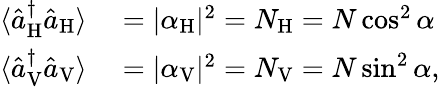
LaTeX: \begin{array}{rl}{\langle\hat{a}_{\mathrm{H}}^{\dagger}\hat{a}_{\mathrm{H}}\rangle}&{{}=|\alpha_{\mathrm{H}}|^{2}=N_{\mathrm{H}}=N\cos^{2}\alpha}\\ {\langle\hat{a}_{\mathrm{V}}^{\dagger}\hat{a}_{\mathrm{V}}\rangle}&{{}=|\alpha_{\mathrm{V}}|^{2}=N_{\mathrm{V}}=N\sin^{2}\alpha,}\end{array}